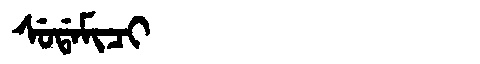
Manchu: ᠰᡠᡩᠠᠮᡳᠴᡳ
Romanization: SUDAMICI